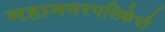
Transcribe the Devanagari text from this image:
महानगरपलिकेची